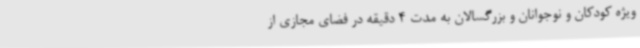
ویژه کودکان و نوجوانان و بزرگسالان به مدت 4 دقیقه در فضای مجازی از